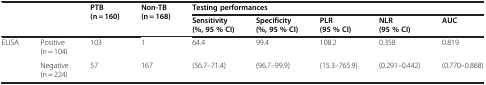
<table><thead><tr><td rowspan="2"><b> </b></td><td rowspan="2"><b> </b></td><td rowspan="2"><b>PTB(n = 160)</b></td><td rowspan="2"><b>Non-TB(n = 168)</b></td><td colspan="5"><b>Testing performances</b></td></tr><tr><td><b>Sensitivity(%, 95 % CI)</b></td><td><b>Specificity(%, 95 % CI)</b></td><td><b>PLR(95 % CI)</b></td><td><b>NLR(95 % CI)</b></td><td><b>AUC</b></td></tr></thead><tbody><tr><td>ELISA</td><td>Positive(n = 104)</td><td>103</td><td>1</td><td>64.4</td><td>99.4</td><td>108.2</td><td>0.358</td><td>0.819</td></tr><tr><td> </td><td>Negative(n = 224)</td><td>57</td><td>167</td><td>(56.7–71.4)</td><td>(96.7–99.9)</td><td>(15.3–765.9)</td><td>(0.291–0.442)</td><td>(0.770–0.868)</td></tr></tbody></table>